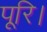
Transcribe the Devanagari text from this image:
पूरि।